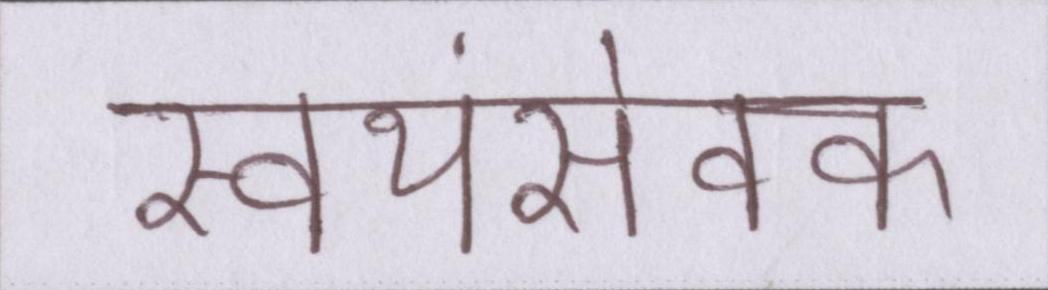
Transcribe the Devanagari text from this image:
स्वयंसेवक